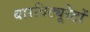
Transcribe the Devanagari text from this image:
बारबिट्यूरेटों